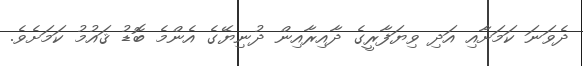
ދެވަނަ ކަމަށާއި އަދި ވިޔަފާރީގެ ދާއިރާއިން ދުނިޔޭގެ އެންމެ ބޮޑު ޤައުމު ކަމަށެވެ.